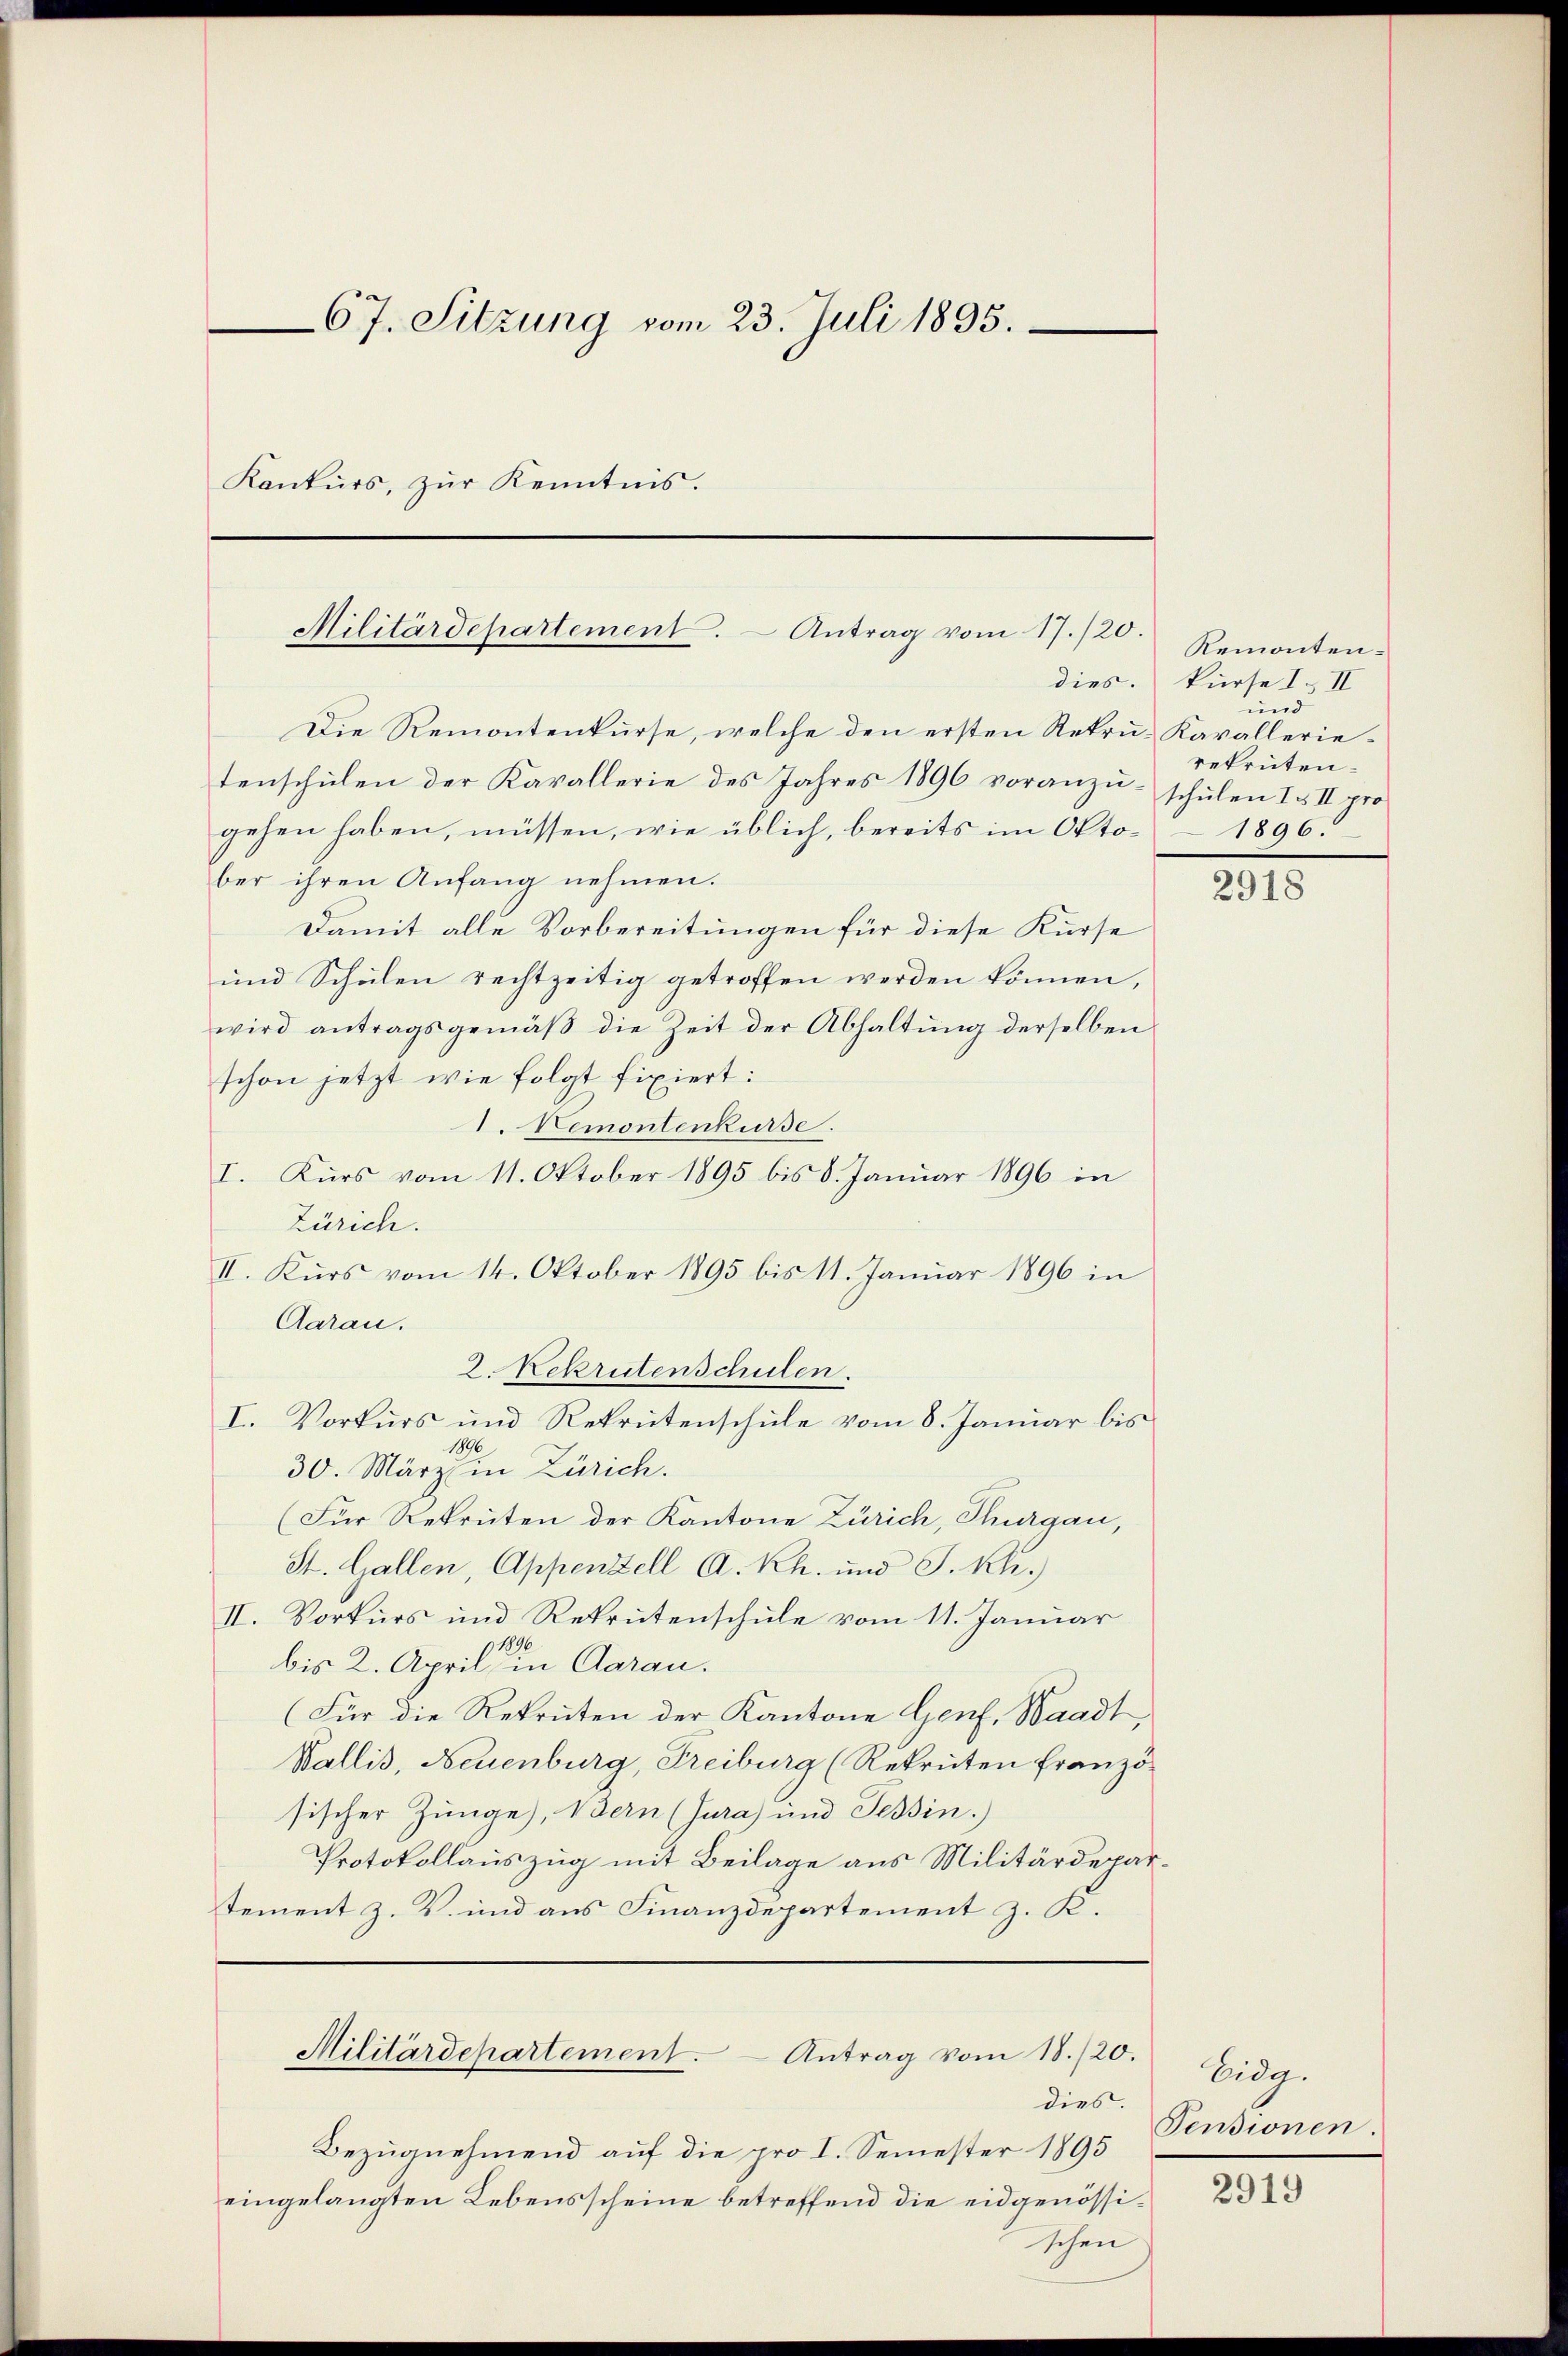
67. Sitzung vom 23. Juli 1895.
Konkurs, zŭr Kenntnis.

Militärdepartement. Antrag vom 17./20.

Die Remontenkurse, welche den ersten Rekru- Kavallerietenschulen der Kavallerie des Jahres 1896 voranzugehen haben, müssen, wie üblich, bereits im Okto- 1896.
ber ihren Anfang nehmen.
Damit alle Vorbereitungen für diese Kurse
und Schulen rechtzeitig getroffen werden können,
wird antragsgemäβ die Zeit der Abhaltŭng derselben
schon jetzt wie folgt fixiert:
I. Demontenkurse.
I. Kurs vom 11. Oktober 1895 bis 8. Januar 1896 in
Zürich.
II. Kurs vom 14. Oktober 1895 bis 11. Januar 1896 in
Aarau.
2. Rekrutenschulen.
I. Vorkurs und Rekrutenschule vom 8. Januar bis
1896
30. März in Zürich.
Für Rekruten der Kantone Zürich, Thurgau,
St. Gallen, Appenzell A. Rh. und J. K.
II. Vorkurs und Rekrutenschule vom 11. Januar
p1896
bis 2. April in Aarau.
(Für die Rekruten der Kantone Genf, Waadt,
Wallis, Neuenburg, Freiburg (Rekruten französischer Zunge), Bern (Jura) und Tessin.)
Protokollauszug mit Beilage aus Militärdepartement z. B. und aus Finanzdepartement z. K.

Militärdepartement. Antrag vom 18./20.

Bezugnehmend auf die pro I. Semester 1895
eingelangten Lebensscheine betreffend die eidgenössischen

dies

Remonten-
dies. Kurse I. II
und
rekruten.
schulen I & II pro

2918

Eidg.
Pensionen.

2919